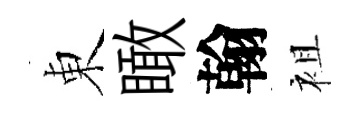
東瞰翰袓